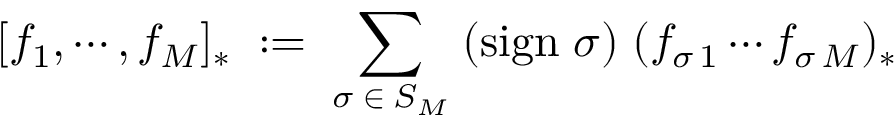
[ f _ { 1 } , \cdots , f _ { M } ] _ { * } \; : = \; \sum _ { \sigma \; \in \; S _ { M } } \; ( \mathrm { s i g n } \; \sigma ) \; ( f _ { \sigma \, 1 } \cdots f _ { \sigma \, M } ) _ { * }